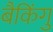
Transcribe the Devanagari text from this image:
बैकिंगु